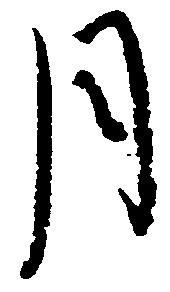
月